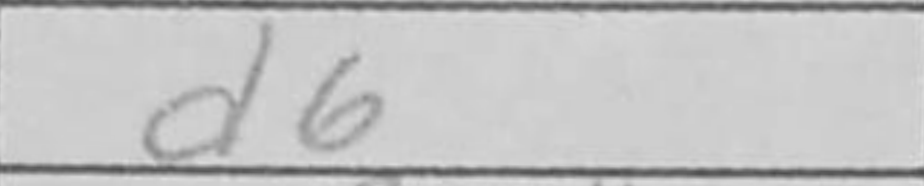
Transcription: d6